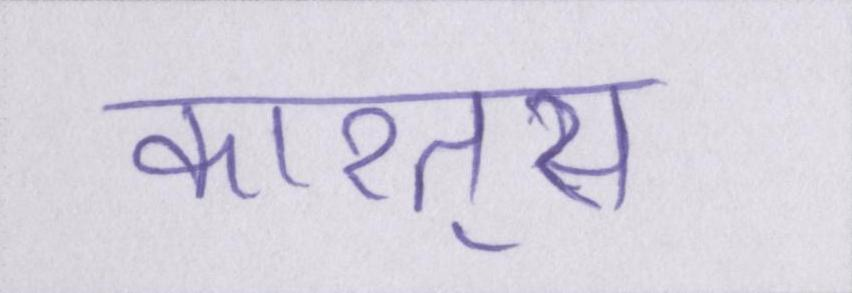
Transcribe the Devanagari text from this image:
कारतूस